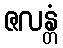
ဇလန္တံ